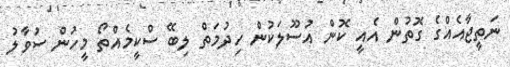
ނަތީޖާއެއްގެ ގޮތުން އެއީ ކޮން އުސޫލަކުން ހިދުމަތް ލިބޭ ސްކީމެއްތޯ މީހުން ސުވާލު